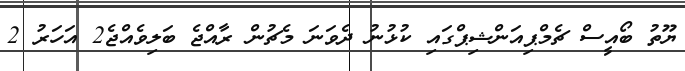
ޔޫތު ބޯއީސް ޗެމްޕިއަންޝިޕްގައި ކުޅުނު ދެވަނަ މެޗުން ރާއްޖެ ބަލިވެއްޖެ2 އަހަރު 2